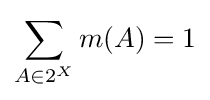
\sum _{A\in 2^{X}}m(A)=1\,\!